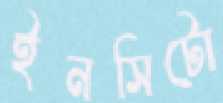
ইনসিটো